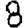
Digit: 8